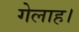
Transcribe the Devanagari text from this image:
गेलाह।